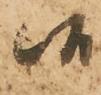
候